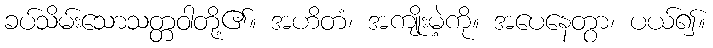
ခပ်သိမ်းသောသတ္တဝါတို့၏။ အဟိတံ၊ အကျိုးမဲ့ကို။ အပေနေတွာ၊ ပယ်၍။